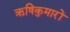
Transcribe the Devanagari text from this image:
ऋषिकुमारों